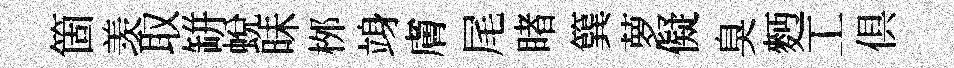
箇羡取缾蛻昧桞竧膚尾睹簨萝儗臭麪工俱